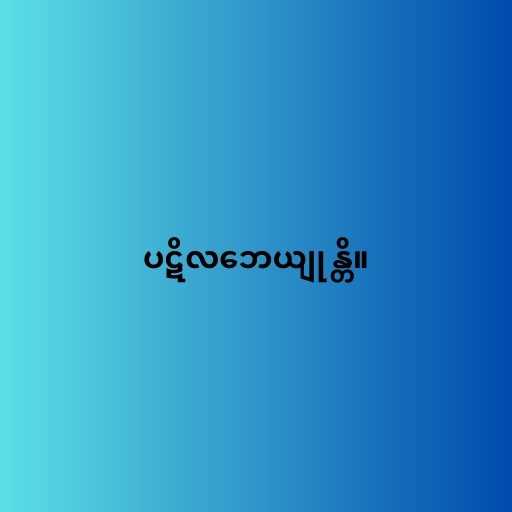
ပဋိလဘေယျုန္တိ။